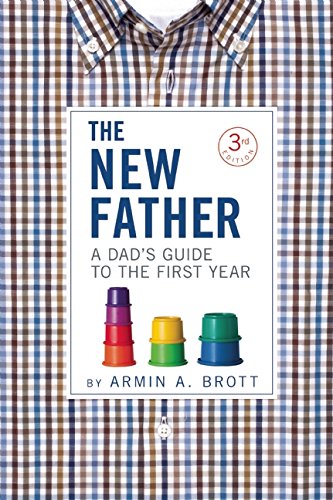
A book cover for The New Father: A Dad's Guide to the First Year (New Father Series); Armin A. Brott; Parenting & Relationships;